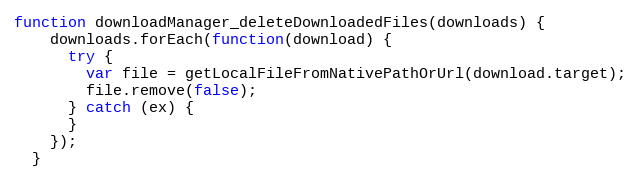
Language: JavaScript
function downloadManager_deleteDownloadedFiles(downloads) {
    downloads.forEach(function(download) {
      try {
        var file = getLocalFileFromNativePathOrUrl(download.target);
        file.remove(false);
      } catch (ex) {
      }
    });
  }